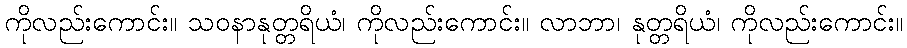
ကိုလည်းကောင်း။ သဝနာနုတ္တရိယံ၊ ကိုလည်းကောင်း။ လာဘာ၊ နုတ္တရိယံ၊ ကိုလည်းကောင်း။